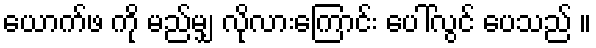
ယောက်ဖ ကို မည်မျှ လိုလားကြောင်း ပေါ်လွင် ပေသည် ။